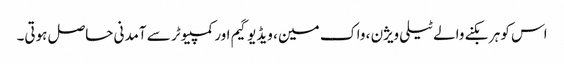
اس کو ہر بکنے والے ٹیلی ویژن ، واک مین ، ویڈیو گیم اور کمپیوٹر سے آمدنی حاصل ہوتی۔